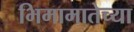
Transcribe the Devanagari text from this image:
भिमामातेच्या